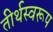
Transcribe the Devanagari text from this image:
तीर्थस्वरूप